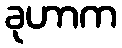
ခုဟာက